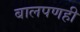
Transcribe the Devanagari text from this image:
बालपणही